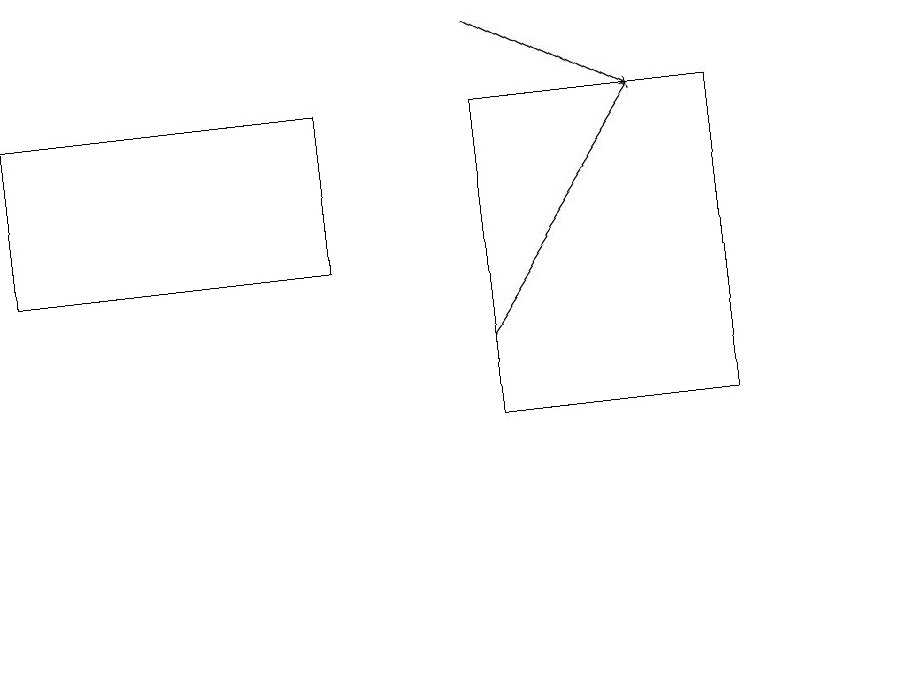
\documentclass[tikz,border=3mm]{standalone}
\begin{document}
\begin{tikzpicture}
\draw[->] (6,19) -- (8,18);
\draw (4,18) rectangle (0,16);
\draw (11,11) circle (0);
\draw[->] (6,15) -- (8,18);
\draw (9,18) rectangle (6,14);
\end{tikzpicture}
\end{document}